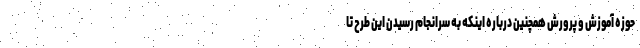
حوزه آموزش و پرورش همچنین درباره اینکه به سرانجام رسیدن این طرح تا